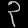
Digit: ၃